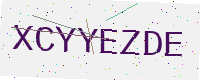
Text: XCYYEZDE